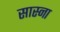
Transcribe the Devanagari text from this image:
सास्ना